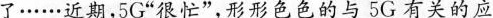
了……近期，5G”很忙”，形形色色的与5G有关的应